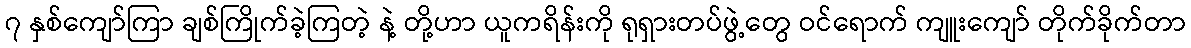
၇ နှစ်ကျော်ကြာ ချစ်ကြိုက်ခဲ့ကြတဲ့ နဲ့ တို့ဟာ ယူကရိန်းကို ရုရှားတပ်ဖွဲ့တွေ ဝင်ရောက် ကျူးကျော် တိုက်ခိုက်တာ